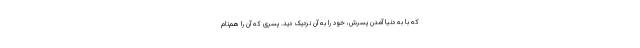
که با به دنیا آمدن پسرش، خود را به آن نزدیک دید. پسری که آن را هم‌نام